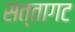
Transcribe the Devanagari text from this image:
सत्तागट